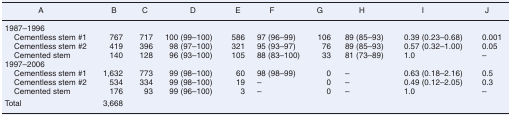
<table><thead><tr><td><b>A</b></td><td><b>B</b></td><td><b>C</b></td><td><b>D</b></td><td><b>E</b></td><td><b>F</b></td><td><b>G</b></td><td><b>H</b></td><td><b>I</b></td><td><b>J</b></td></tr></thead><tbody><tr><td colspan="10">1987–1996</td></tr><tr><td> Cementless stem #1</td><td>767</td><td>717</td><td>100 (99–100)</td><td>586</td><td>97 (96–99)</td><td>106</td><td>89 (85–93)</td><td>0.39 (0.23–0.68)</td><td>0.001</td></tr><tr><td> Cementless stem #2</td><td>419</td><td>396</td><td>98 (97–100)</td><td>321</td><td>95 (93–97)</td><td>76</td><td>89 (85–93)</td><td>0.57 (0.32–1.00)</td><td>0.05</td></tr><tr><td> Cemented stem</td><td>140</td><td>128</td><td>96 (93–100)</td><td>105</td><td>88 (83–100)</td><td>33</td><td>81 (73–89)</td><td>1.0</td><td>–</td></tr><tr><td colspan="10">1997–2006</td></tr><tr><td> Cementless stem #1</td><td>1,632</td><td>773</td><td>99 (98–100)</td><td>60</td><td>98 (98–99)</td><td>0</td><td>–</td><td>0.63 (0.18–2.16)</td><td>0.5</td></tr><tr><td> Cementless stem #2</td><td>534</td><td>334</td><td>99 (98–100)</td><td>19</td><td>–</td><td>0</td><td>–</td><td>0.49 (0.12–2.05)</td><td>0.3</td></tr><tr><td> Cemented stem</td><td>176</td><td>93</td><td>99 (96–100)</td><td>3</td><td>–</td><td>0</td><td>–</td><td>1.0</td><td>–</td></tr><tr><td>Total</td><td>3,668</td><td></td><td></td><td></td><td></td><td></td><td></td><td></td><td></td></tr></tbody></table>